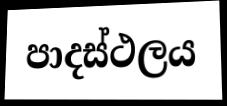
පාදස්ථලය